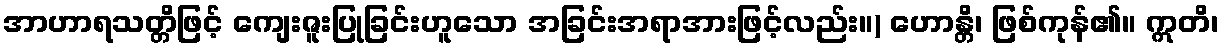
အာဟာရသတ္တိဖြင့် ကျေးဇူးပြုခြင်းဟူသော အခြင်းအရာအားဖြင့်လည်း။) ဟောန္တိ၊ ဖြစ်ကုန်၏။ ဣတိ၊